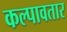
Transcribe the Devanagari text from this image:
कल्पावतार